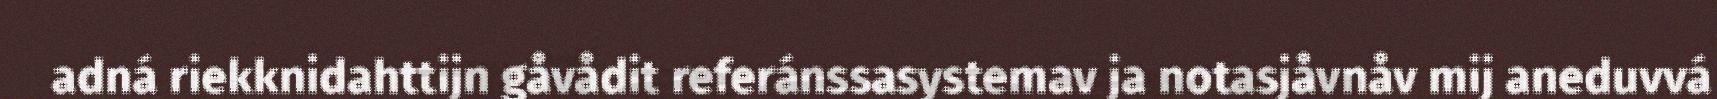
adná riekknidahttijn gåvådit referánssasystemav ja notasjåvnåv mij aneduvvá